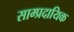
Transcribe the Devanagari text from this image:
साम्‍प्रदायिक